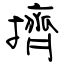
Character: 擠